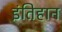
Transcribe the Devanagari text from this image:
इंतिहान